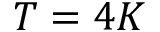
T = 4 K